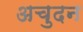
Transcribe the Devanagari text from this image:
अचुदन